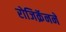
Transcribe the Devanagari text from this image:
रोजिक्रॅनने